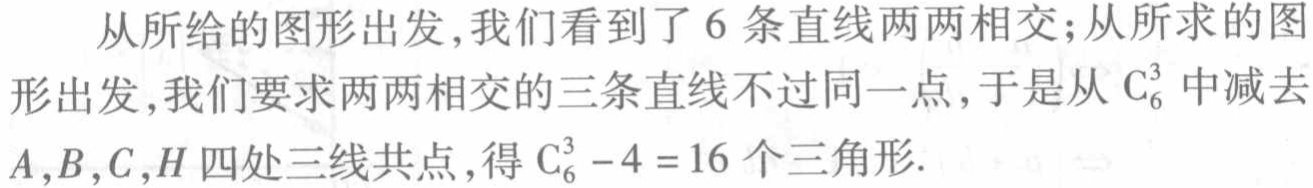
从所给的图形出发,我们看到了 6 条直线两两相交;从所求的图形出发,我们要求两两相交的三条直线不过同一点,于是从 $\mathrm{C}_{6}^{3}$ 中减去$A,B,C,H$ 四处三线共点,得 $\mathrm{C}_{6}^{3}-4 = 16$ 个三角形.